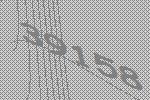
39158